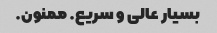
بسیار عالی و سریع. ممنون.